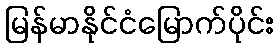
မြန်မာနိုင်ငံမြောက်ပိုင်း